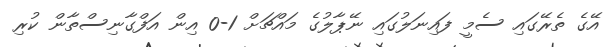
އޭގެ ތެރޭގައި ސެމީ ފައިނަލުގައި ނޭޕާލުގެ މައްޗަށް 1-0 އިން އަފްގާނިސްތާން ކުރި